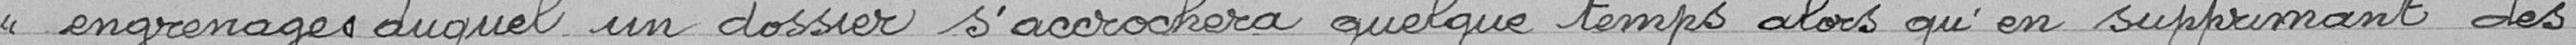
"engrenages duquel un dossier s'accrochera quelque temps, alors qu'en supprimant des